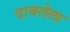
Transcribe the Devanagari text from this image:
दाबलेला